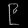
Digit: ၉